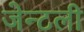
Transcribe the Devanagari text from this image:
जेन्टली